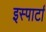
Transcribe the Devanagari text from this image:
इस्पार्टा